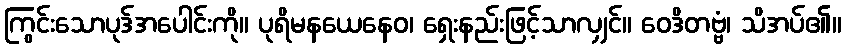
ကြွင်းသောပုဒ်အပေါင်းကို။ ပုရိမနယေနေဝ၊ ရှေးနည်းဖြင့်သာလျှင်။ ဝေဒိတဗ္ဗံ၊ သိအပ်၏။